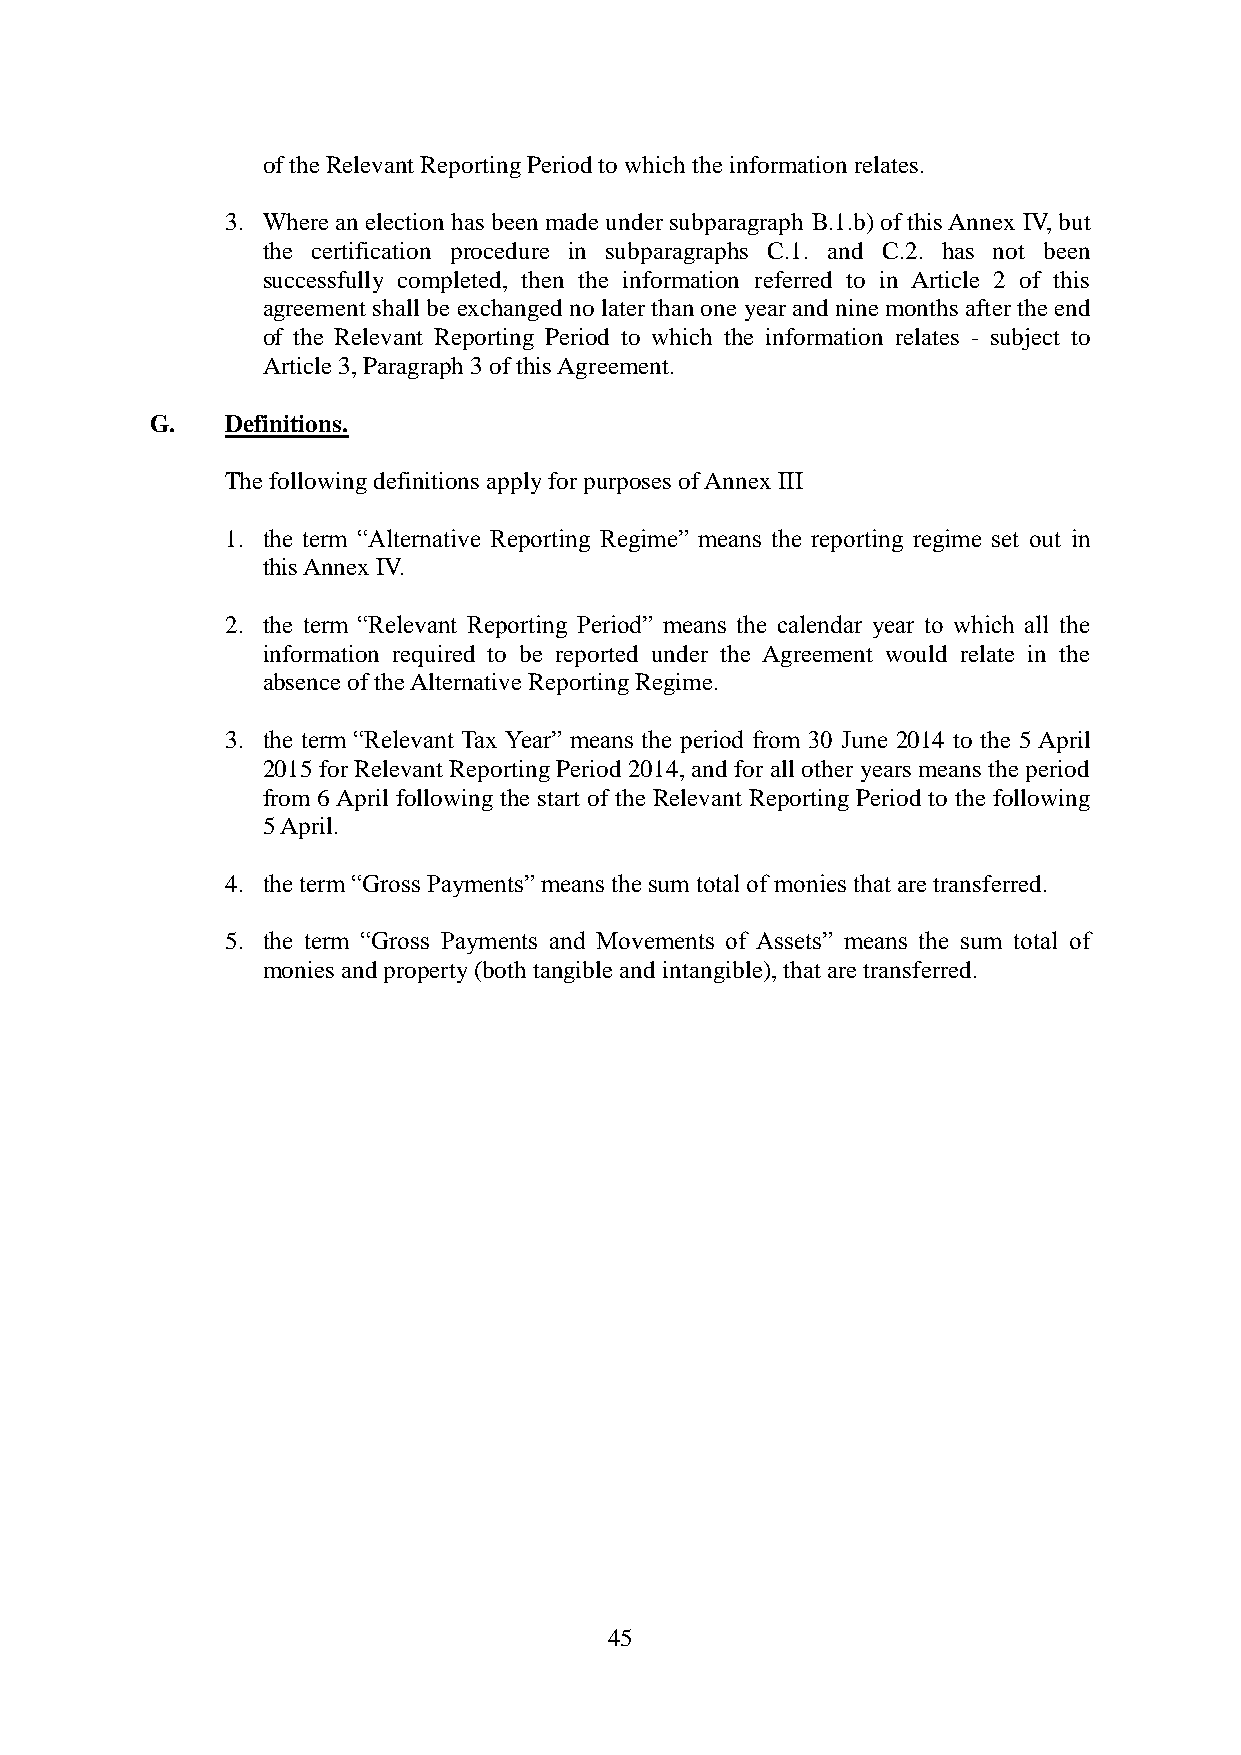
of the Relevant Reporting Period to which the information relates.
 3. Where an election has been made under subparagraph B.1.b) of this Annex IV, but
 the certification procedure in subparagraphs C.1. and C.2. has not been
 successfully completed, then the information referred to in Article 2 of this
 agreement shall be exchanged no later than one year and nine months after the end
 of the Relevant Reporting Period to which the information relates - subject to
 Article 3, Paragraph 3 of this Agreement.
 G.   Definitions.
 The following definitions apply for purposes of Annex III
 1. the term “Alternative Reporting Regime” means the reporting regime set out in
 this Annex IV.
 2. the term “Relevant Reporting Period” means the calendar year to which all the
 information required to be reported under the Agreement would relate in the
 absence of the Alternative Reporting Regime.
 3. the term “Relevant Tax Year” means the period from 30 June 2014 to the 5 April
 2015 for Relevant Reporting Period 2014, and for all other years means the period
 from 6 April following the start of the Relevant Reporting Period to the following
 5 April.
 4. the term “Gross Payments” means the sum total of monies that are transferred.
 5. the term “Gross Payments and Movements of Assets” means the sum total of
 monies and property (both tangible and intangible), that are transferred.
 45